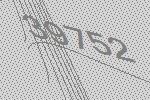
39752